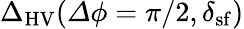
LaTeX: {\Delta}_{\mathrm{HV}}({\mathit\Delta\phi}=\pi/2,\delta_{\mathrm{sf}})